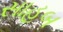
સાહબ